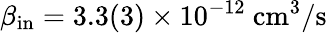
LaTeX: \beta_{\mathrm{in}}=3.3(3)\times 10^{-12}\ \mathrm{cm^{3}/s}